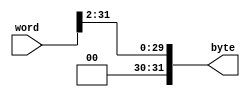
module word_to_byte(
	input wire [31:0] word,
	output reg [31:0] byte
	);
	
	always @* begin
		byte <= word >> 2;
	end
	
endmodule